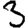
Digit: 3